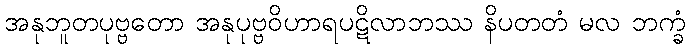
အနုဘူတပုဗ္ဗတော အနုပုဗ္ဗဝိဟာရပဋိလာဘဿ နိပတတံ မလ ဘက္ခံ